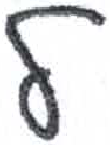
אות: ל